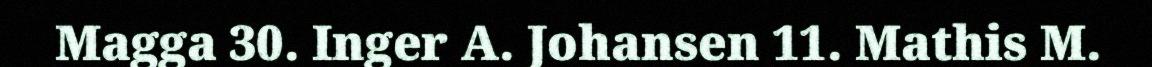
Magga 30. Inger A. Johansen 11. Mathis M.